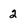
Character: 2